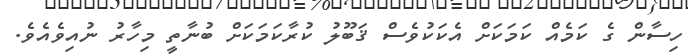
ހިސާން ގެ ކަމެއް ކަމަކަށް އެކަކުވެސް ޤަބޫލު ކުރާކަމަކަށް ބުނާތީ މިހާރު ނުއިވެއެވެ.